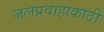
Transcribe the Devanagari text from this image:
जलप्रवाहाकाठी